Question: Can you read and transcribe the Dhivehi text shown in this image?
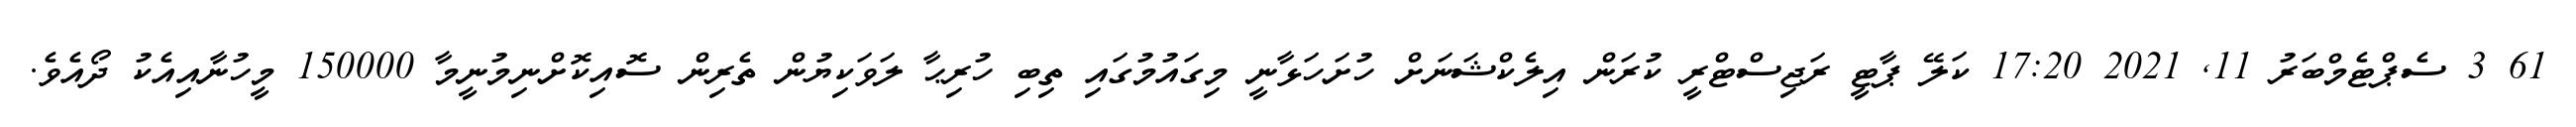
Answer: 61 3 ސެޕްޓެމްބަރު 11, 2021 17:20 ކަލޭ ޕާޓީ ރަޖިސްޓްރީ ކުރަން އިލެކްޝަނަށް ހުށަހަޅާނީ މިގައުމުގައި ތިބި ހުރިޙާ ލަވަކިޔުން ތެރިން ސޮއިކޮށްނިމުނީމާ 150000 މީހުނާއިއެކު ދޯއެވެ.